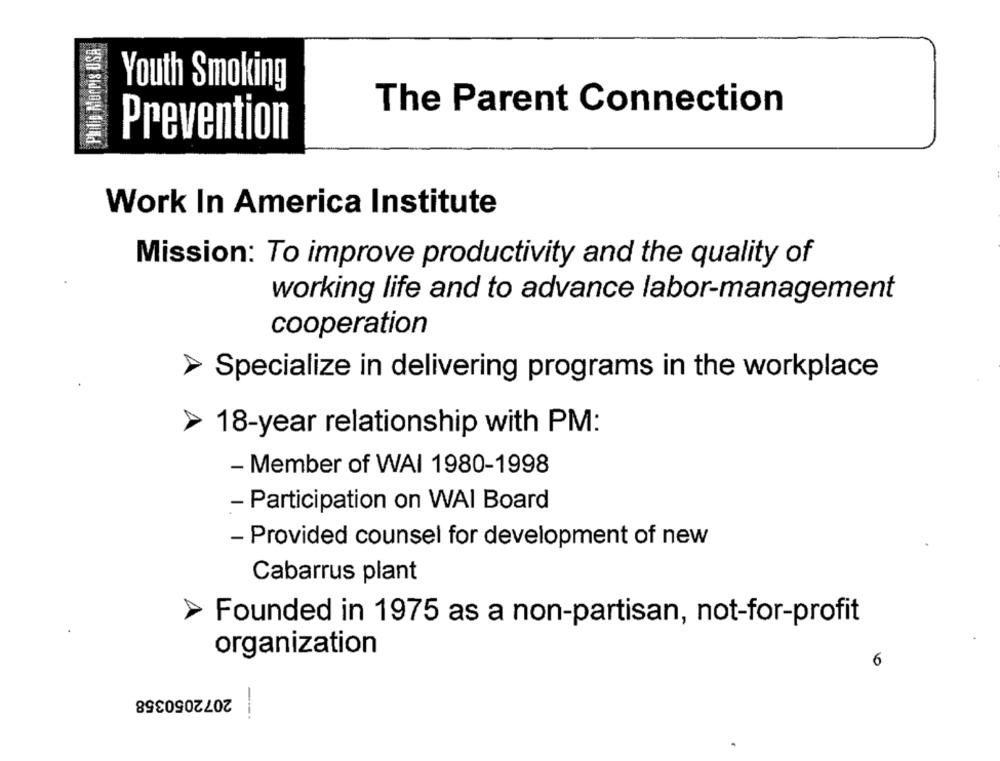
Philip Morris USA
Youth Smoking
The Parent Connection
Prevention
Work In America Institute
Mission: To improve productivity and the quality of
working life and to advance labor-management
cooperation
> Specialize in delivering programs in the workplace
18-year relationship with PM:
- Member of WAI 1980-1998
- Participation on WAI Board
- Provided counsel for development of new
Cabarrus plant
Founded in 1975 as a non-partisan, not-for-profit
organization
6
2072050358
----